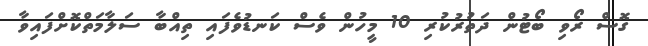
ގޮސް ރޯވި ބޯޓުން ދަތުރުކުރި 10 މީހުން ވެސް ކަނޑުވެފައި ތިއްބާ ސަލާމަތްކޮށްފައިވާ